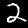
Label: 2